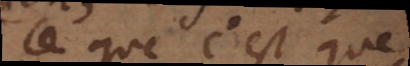
ce que c’est que